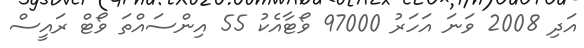
އަދި 2008 ވަނަ އަހަރު 97000 ވޯޓާއެކު 55 އިންސައްތަ ވޯޓް ރައީސް